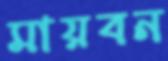
মায়বন